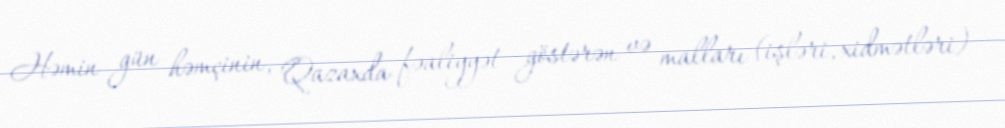
Həmin gün həmçinin, Qazaxda fəaliyyət göstərən və malları (işləri, xidmətləri)